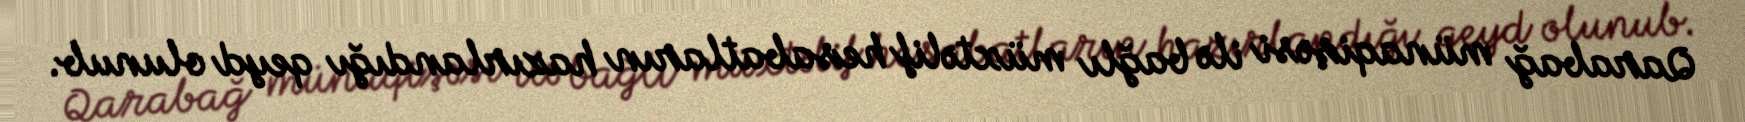
Qarabağ münaqişəsi ilə bağlı müxtəlif hesabatların hazırlandığı qeyd olunub.